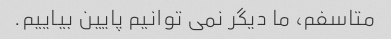
متاسفم، ما دیگر نمی توانیم پایین بیاییم.